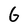
Character: G